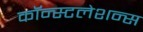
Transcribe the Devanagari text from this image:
कॉन्स्टलेशन्स